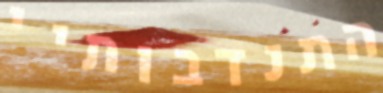
התנדבותיי